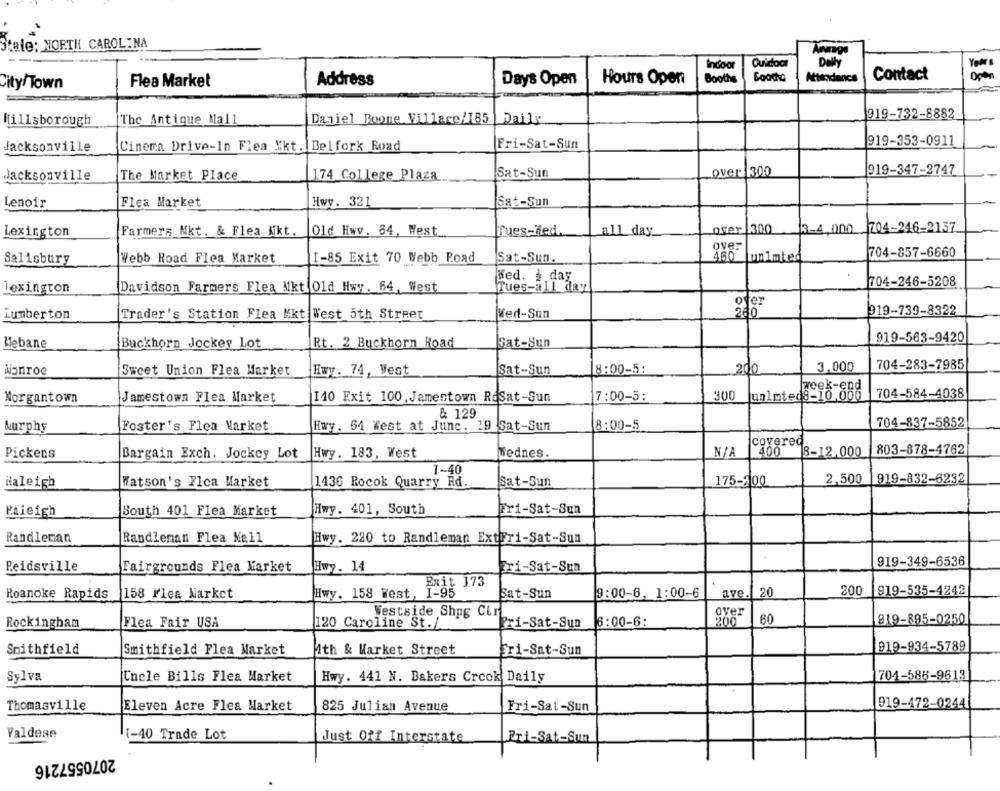
Stale: NORTH CAROLINA
Indoor
Ouidoor
Daily
Booths
Coothe
Attendance
Contact
City/Town
Flea Market
Address
Days Open
Hours Open
Daniel Boone Village/185
Daily
919-732-8882
Hillsborough
The Antique Mall
919-353-0911
Jacksonville
Cinema Drive-In Flea Mkt.
Belfork Road
Fri-Sat-Sun
Sat-Sun
over 300
919-347-2747
Jacksonville
The Market Place
174 College Plaza
Lenoir
Flea Market
Hwy. 321
Sat-Sun
Over 300
13-4,000
704-246-2137
Lexington
Farmers Mkt. & Flea Nkt.
Old Hwv. 64, West
fues-Med.
all day
over
704-857-6660
Salisbury
Webb Road Flea Market
I-85 Exit 70 Webb Poad
Sat-Sun.
un1mted
Med. ₺ day
704-246-5208
lexington
Davidson Farmers Flea Mkt Old Hwy. 64, West
Tues-all day
ofer
Lumberton
Trader's Station Flea Mkt West 5th Street
Med-Sun
280
919-739-8322
919-563-9420
Mebane
Buckhorn Jockey Lot
Rt. 2 Buckhorn Road
Sat-Sun
704-283-7985
dignroe
Sweet Union Flea Market
Hwy. 74, West
Sat-Sun
8:00-5:
200
3,000
300
unlmteq8-16.688
704-584-4038
Morgantown
Jamestown Flea Market
140 Exit 100, Jamestown RoSat-Sun
7:00-5:
& 129
Murphy
Foster's Flea Market
Hwy. 64 West at Junc. 19 Sat-Sun
8:00-5
704-837-5852
covered
400
803-878-4762
Pickens
Bargain Exch. Jockey Lot
Hwy. 183, West
Wednes.
8-12,000
1-40
Watson's Flea Market
Sat-Sun
175-200
2,500
919-832-6232
Haleigh
1436 Rocok Quarry Rd.
Paieigh
South 401 Flea Market
Hwy. 401, South
Fri-Sat-Sun
Randleman
Randleman Flea Mell
Hwy. 220 to Randleman ExtFri-Sat-Sun
919-349-6536
Reidsville
Fairgrounds Flea Market
Hwy. 14
Fri-Sat-Sun
Exit 173
1-95
Sat-Sun
9:00-6, 1:00-6
ave.
20
200
919-535-4242
Roanoke Rapids
158 Flea Market
Hwy. 158 West,
Westside Shop Clr
over
Rockingham
Flea Fair USA
120 Caroline St./
Pri-Sat-Sun
8:00-6:
200
60
819-895-0250
Smithfield
919-934-5789
Smithfield Flea Market
1th & Market Street
Gri-Sat-Sun
Sylva
Uncle Bills Flea Market
Hwy. 441 N. Bakers Creek Daily
704-586-9613
Thomasville
Eleven Acre Flea Market
825 Julian Avenue
Fri-Sat-Sun
919-472-0244
Valdese
1-40 Trade Lot
Just Off Interstate
Pri-Sat-Sun
2070557216